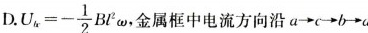
D. U_{bc}=- \frac{1}{2}Bl^{2}\omega ，金属框中电流方向沿a→c→b →a